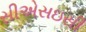
સીએસઇસી